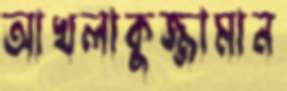
আখলাকুজ্জামান